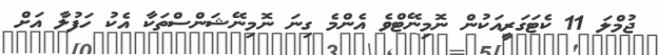
ޖުމްލަ 11 ކެޓަގަރީއަކުން ނޮމިނޭޓްވެ އެންމެ ގިނަ ނޮމިނޭޝަންސްތަކާ އެކު ހަފުލާ އަށް